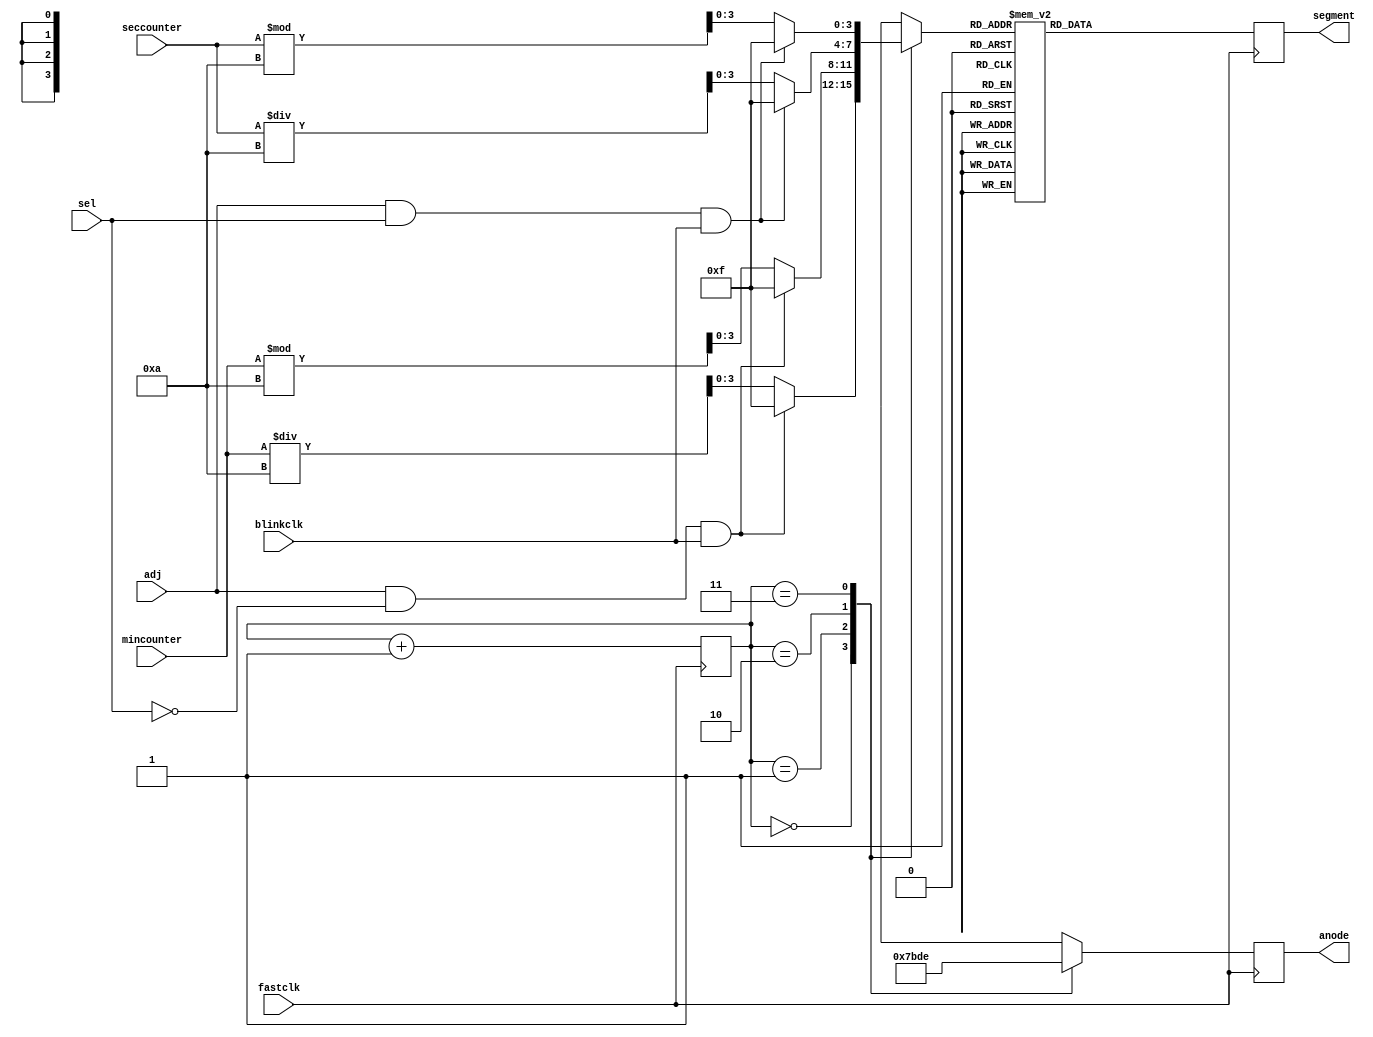
`timescale 1ns / 1ps
//////////////////////////////////////////////////////////////////////////////////
// Company: 
// Engineer: 
// 
// Design Name: 
// Module Name:    display 
// Project Name: 
// Target Devices: 
// Tool versions: 
// Description: 
//
// Dependencies: 
//
// Revision: 
// Revision 0.01 - File Created
// Additional Comments: 
//
//////////////////////////////////////////////////////////////////////////////////
module display(
anode,
segment,
fastclk,
blinkclk,
sel,
adj,
mincounter,
seccounter
    );

input fastclk;
input blinkclk;
input sel;
input adj;
input [5:0] mincounter;
input [5:0] seccounter;
output reg [3:0] anode;
output reg [6:0] segment;

//in-module reg
reg [3:0] value;
reg [1:0] counter;

initial
begin
	counter = 0;
end

always @(posedge fastclk)
begin
	case(counter)
		2'b00:
		begin
			anode = 4'b0111;
			if (adj == 1 && sel == 0 && blinkclk == 1)
			begin
				value = 4'b1111;
			end
			else
			begin
				value = mincounter / 10;
			end
		end
		2'b01:
		begin
			anode = 4'b1011;
			if (adj == 1 && sel == 0 && blinkclk == 1)
			begin
				value = 4'b1111;
			end
			else
			begin
				value = mincounter % 10;
			end
		end
		2'b10:
		begin
			anode = 4'b1101;
			if (adj == 1 && sel == 1 && blinkclk == 1)
			begin
				value = 4'b1111;
			end
			else
			begin
				value = seccounter / 10;
			end
		end
		2'b11:
		begin
			anode = 4'b1110;
			if (adj == 1 && sel == 1 && blinkclk == 1)
			begin
				value = 4'b1111;
			end
			else
			begin
				value = seccounter % 10;
			end
		end
	endcase
	counter = counter + 1;
	case(value)
		4'b0000: segment = 7'b0000001;
		4'b0001: segment = 7'b1001111;
		4'b0010: segment = 7'b0010010;
		4'b0011: segment = 7'b0000110;
		4'b0100: segment = 7'b1001100;
		4'b0101: segment = 7'b0100100;
		4'b0110: segment = 7'b0100000;
		4'b0111: segment = 7'b0001111;
		4'b1000: segment = 7'b0000000;
		4'b1001: segment = 7'b0000100;
		4'b1111: segment = 7'b1111111; //case for display nothing
		default: segment = 7'b0000001;
	endcase
	
end

endmodule